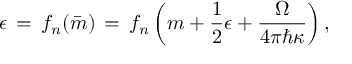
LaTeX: \epsilon \, = \, f _ { n } ( \bar { m } ) \, = \, f _ { n } \left( m + { \frac { 1 } { 2 } } \epsilon + { \frac { \Omega } { 4 \pi \hbar \kappa } } \right) ,